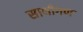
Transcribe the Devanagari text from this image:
साथीगण